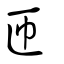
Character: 匝